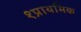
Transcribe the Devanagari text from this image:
१प्राथमिक